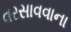
વરસાવવાના